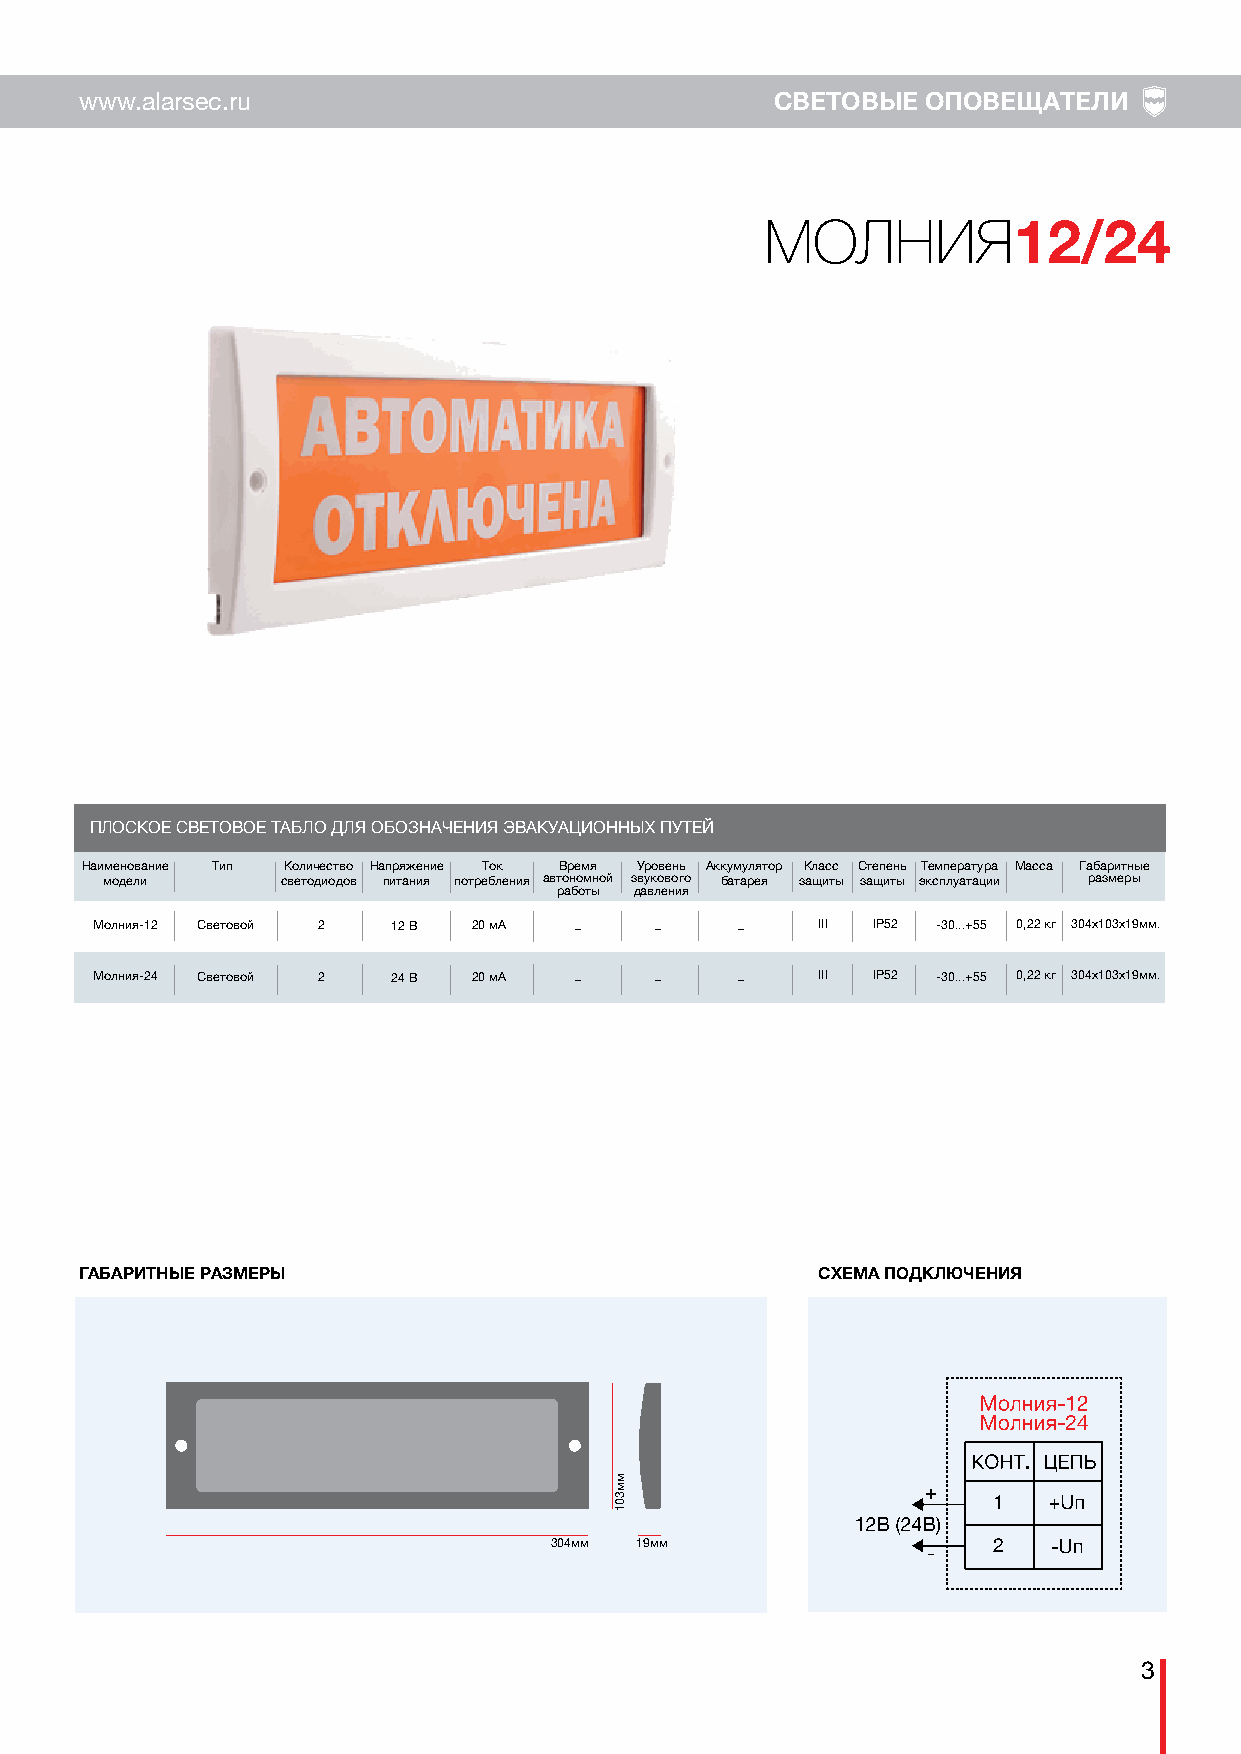
www.alarsec.ru                                СВЕТОВЫЕ  ОПОВЕЩАТЕЛИ
 МОЛНИЯ
 12/24
 ПЛОСКОЕ СВЕТОВОЕ ТАБЛО ДЛЯ ОБОЗНАЧЕНИЯ ЭВАКУАЦИОННЫХ ПУТЕЙ
 Наименование Тип Количество Напряжение Ток Время Уровень Аккумулятор Класс Степень Температура Масса Габаритные
 модели      светодиодов питания потребления автономной звукового батарея защиты защиты эксплуатации размеры
 работы давления
 Молния-12 Световой 2 12 В 20 мА _    _     _    III IP52 -30...+55 0,22 кг 304х103х19мм.
 Молния-24 Световой 2 24 В 20 мА _    _     _    III IP52 -30...+55 0,22 кг 304х103х19мм.
 ГАБАРИТНЫЕ РАЗМЕРЫ                               СХЕМА ПОДКЛЮЧЕНИЯ
 +
 1
 304мм 19мм                    2
 -
 3
 мм301